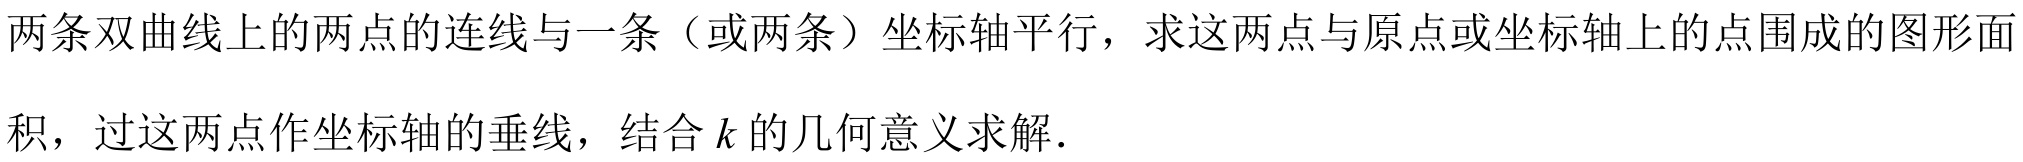
两条双曲线上的两点的连线与一条（或两条）坐标轴平行，求这两点与原点或坐标轴上的点围成的图形面
积，过这两点作坐标轴的垂线，结合$k$的几何意义求解.